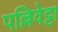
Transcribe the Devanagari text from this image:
पल्लिवेट्टा